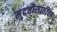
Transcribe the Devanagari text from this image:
मुदतीसाठीचा